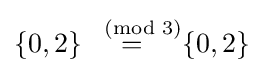
\{0,2\}{\stackrel {\pmod {3}}{=}}\{0,2\}